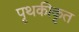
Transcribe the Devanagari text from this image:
पृथकीकृत